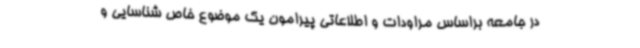
در جامعه براساس مراودات و اطلاعاتی پیرامون یک موضوع خاص شناسایی و